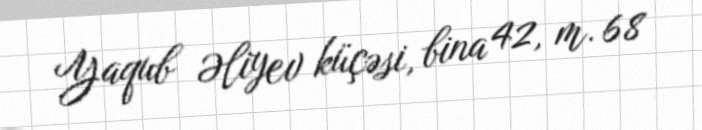
Yaqub Əliyev küçəsi, bina 42, m. 68